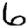
Digit: 6